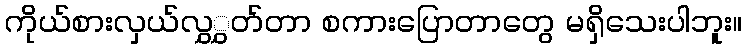
ကိုယ်စားလှယ်လွှွှတ်တာ စကားပြောတာတွေ မရှိသေးပါဘူး။